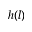
h ( l )